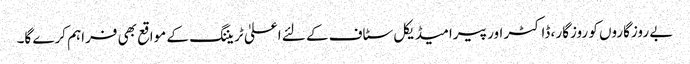
بے روزگاروں کو روزگار ، ڈاکٹر اور پیرامیڈیکل سٹاف کے لئے اعلیٰ ٹریننگ کے مواقع بھی فراہم کرے گا۔